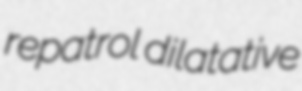
repatrol dilatative